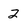
Character: 2